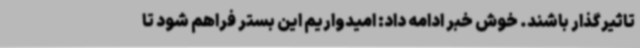
تاثیرگذار باشند. خوش خبر ادامه داد: امیدواریم این بستر فراهم شود تا